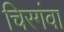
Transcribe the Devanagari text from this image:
चिरगंवा